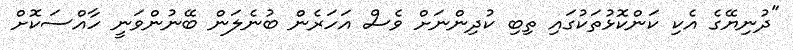
"ދުނިޔޭގެ އެކި ކަންކޮޅުތަކުގައި ތިބި ކުދިންނަށް ވެސް އަހަރެން ބުނެލަން ބޭނުންވަނީ ހާއްސަކޮށް